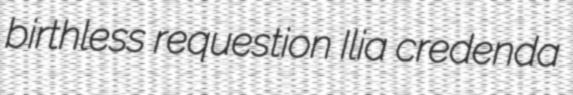
birthless requestion Ilia credenda